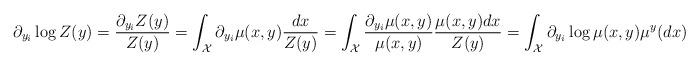
LaTeX: \begin{align*} \partial_{y_i} \log Z(y) = \frac{\partial_{y_i} Z(y)}{Z(y)} &= {\int_\mathcal{X} \partial_{y_i} \mu(x, y) \frac{dx}{Z(y)}} = {\int_\mathcal{X} \frac{\partial_{y_i} \mu(x, y)}{\mu(x, y)} \frac{\mu(x, y) dx}{Z(y)}} = \int_\mathcal{X} \partial_{y_i} \log \mu(x, y) \mu^y(dx) \end{align*}